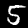
Label: 5